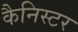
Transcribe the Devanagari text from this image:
कैनिस्टर